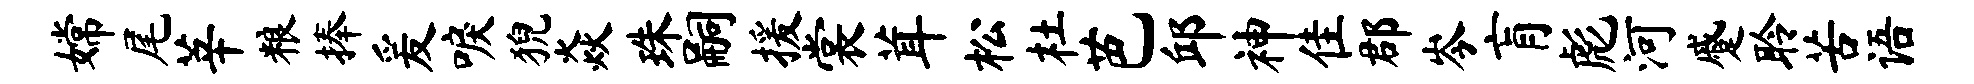
嫦尾莘粮捧爰唳猊焱珠嗣援裳茸松杜芭邱神隹郡岑肓彪河蹙聆苦语